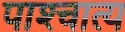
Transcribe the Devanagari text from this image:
पाश्‍चात्‍य